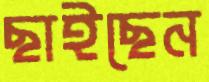
ছাইছেন